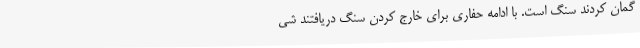
گمان کردند سنگ است. با ادامه حفاری برای خارج کردن سنگ دریافتند شی